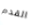
القدم